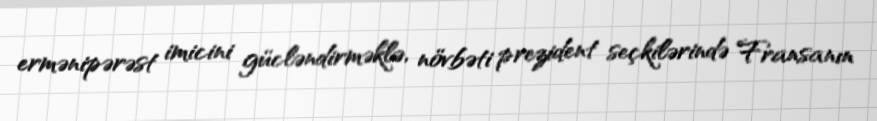
ermənipərəst imicini gücləndirməklə, növbəti prezident seçkilərində Fransanın